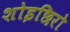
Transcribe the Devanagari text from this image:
शोइछिरो